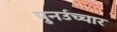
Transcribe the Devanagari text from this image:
पुनर्उच्चार